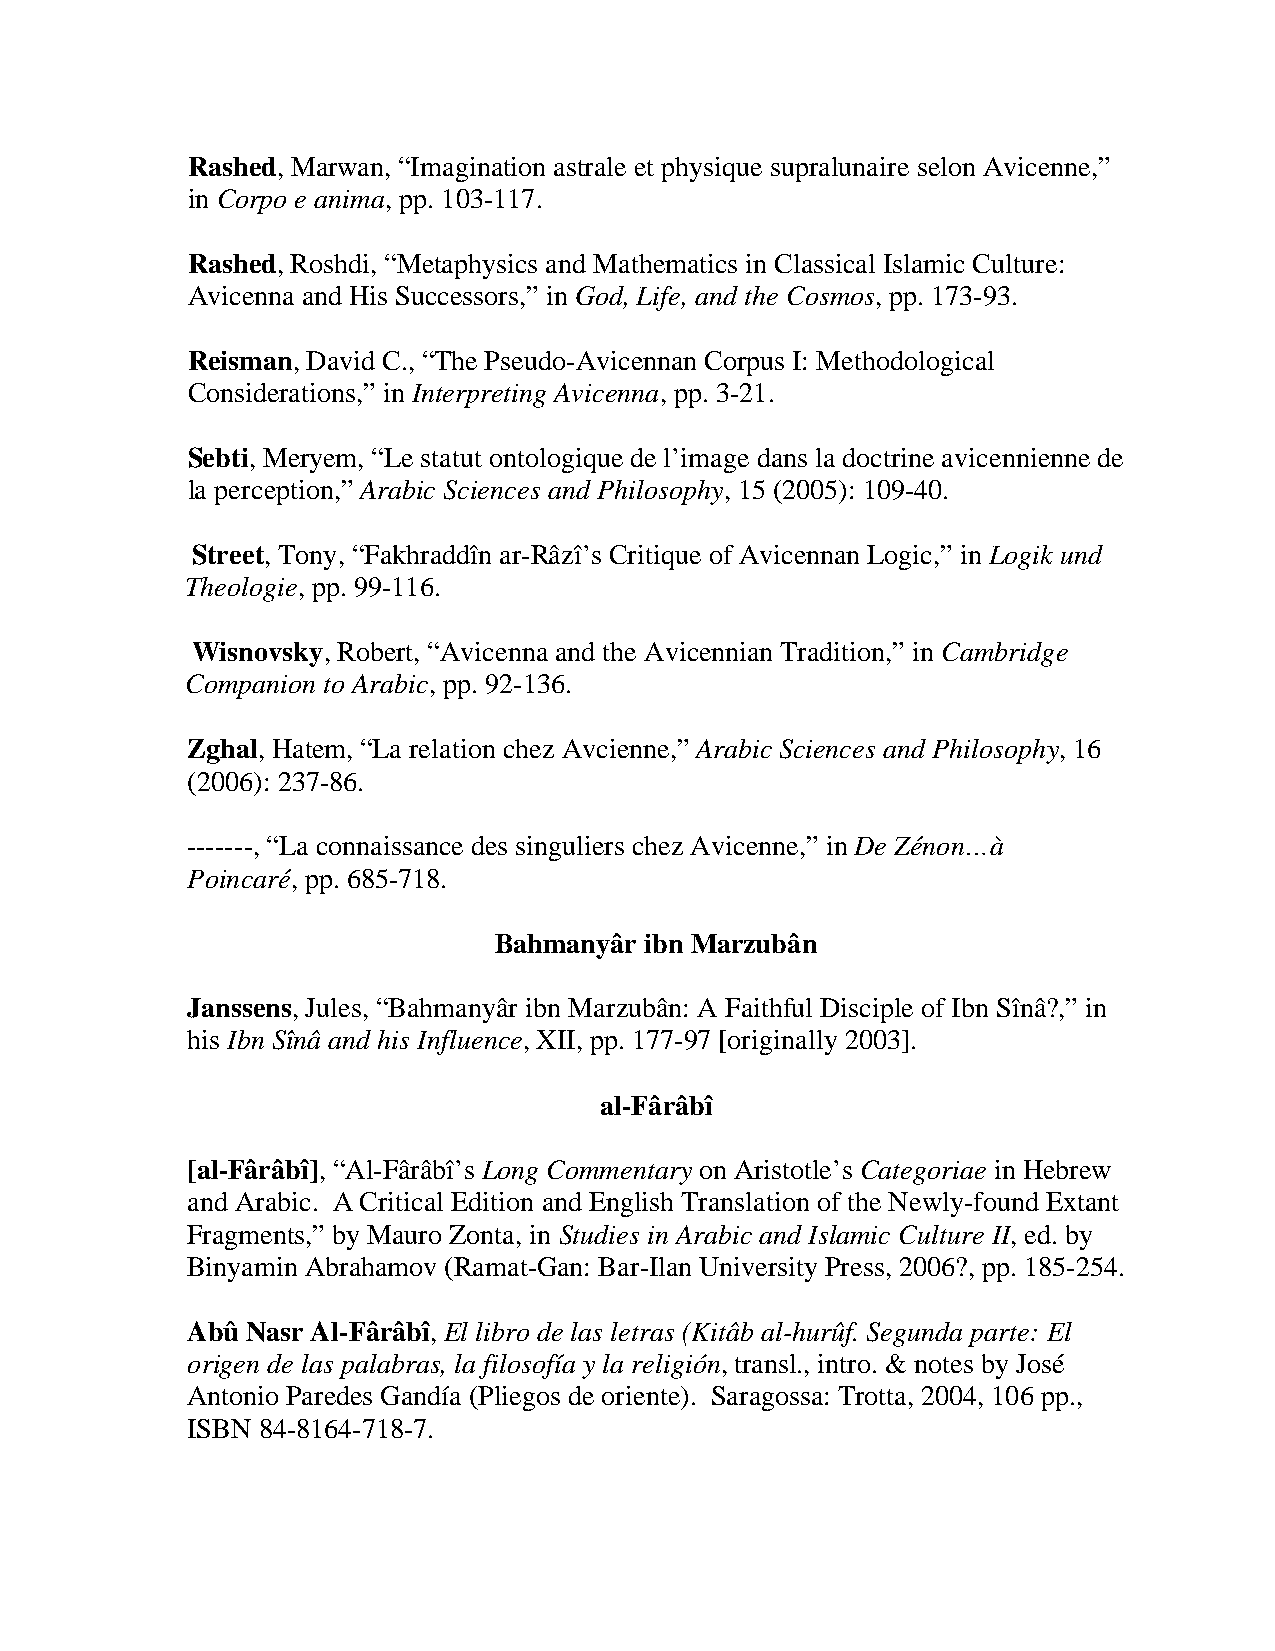
Rashed, Marwan, “Imagination astrale et physique supralunaire selon Avicenne,”
 in Corpo e anima, pp. 103-117.
 Rashed, Roshdi, “Metaphysics and Mathematics in Classical Islamic Culture:
 Avicenna and His Successors,” in God, Life, and the Cosmos, pp. 173-93.
 Reisman, David C., “The Pseudo-Avicennan Corpus I: Methodological
 Considerations,” in Interpreting Avicenna, pp. 3-21.
 Sebti, Meryem, “Le statut ontologique de l’image dans la doctrine avicennienne de
 la perception,” Arabic Sciences and Philosophy, 15 (2005): 109-40.
 Street, Tony, “Fakhraddîn ar-Râzî’s Critique of Avicennan Logic,” in Logik und
 Theologie, pp. 99-116.
 Wisnovsky, Robert, “Avicenna and the Avicennian Tradition,” in Cambridge
 Companion to Arabic, pp. 92-136.
 Zghal, Hatem, “La relation chez Avcienne,” Arabic Sciences and Philosophy, 16
 (2006): 237-86.
 -------, “La connaissance des singuliers chez Avicenne,” in De Zénon…à
 Poincaré, pp. 685-718.
 Bahmanyâr ibn Marzubân
 Janssens, Jules, “Bahmanyâr ibn Marzubân: A Faithful Disciple of Ibn Sînâ?,” in
 his Ibn Sînâ and his Influence, XII, pp. 177-97 [originally 2003].
 al-Fârâbî
 [al-Fârâbî], “Al-Fârâbî’s Long Commentary on Aristotle’s Categoriae in Hebrew
 and Arabic. A Critical Edition and English Translation of the Newly-found Extant
 Fragments,” by Mauro Zonta, in Studies in Arabic and Islamic Culture II, ed. by
 Binyamin Abrahamov (Ramat-Gan: Bar-Ilan University Press, 2006?, pp. 185-254.
 Abû Nasr Al-Fârâbî, El libro de las letras (Kitâb al-hurûf. Segunda parte: El
 origen de las palabras, la filosofía y la religión, transl., intro. & notes by José
 Antonio Paredes Gandía (Pliegos de oriente). Saragossa: Trotta, 2004, 106 pp.,
 ISBN 84-8164-718-7.